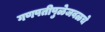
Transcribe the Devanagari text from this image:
गणपतीपुळेजवळचे